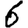
Digit: 6